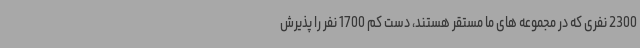
2300 نفری که در مجموعه های ما مستقر هستند، دست کم 1700 نفر را پذیرش